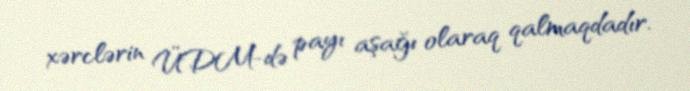
xərclərin ÜDM-də payı aşağı olaraq qalmaqdadır.